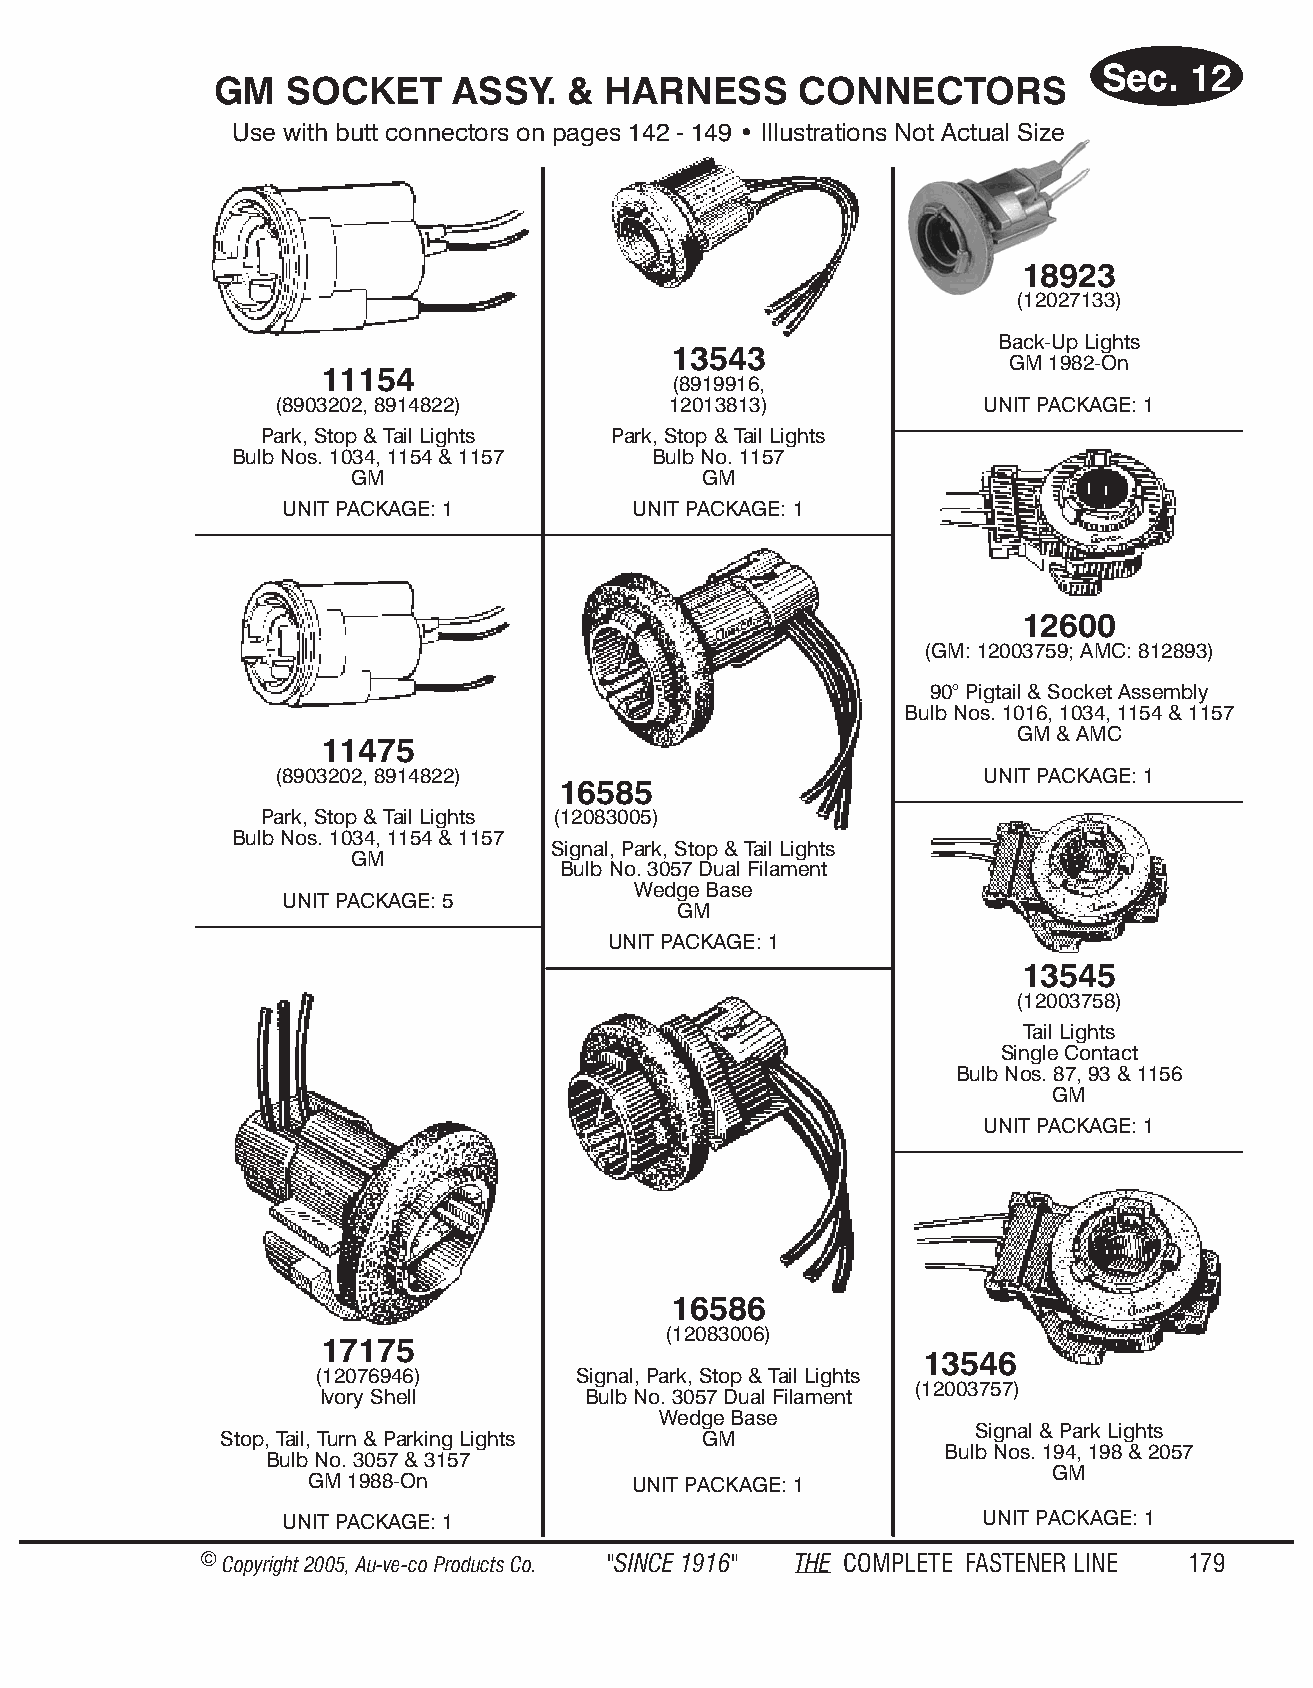
Sec.  12
 GM   SOCKET     ASSY.   & HAR   NESS   CON   NEC  TORS
 Use with butt con nec tors on pages 142 - 149 • Il lus tra tions Not Ac tual Size
 18923
 (12027133)
 Back-Up Lights
 13543
 GM 1982-On
 11154
 (8919916,
 (8903202, 8914822)         12013813)           UNIT PACKAGE: 1
 Park, Stop & Tail Lights Park, Stop & Tail Lights
 Bulb Nos. 1034, 1154 & 1157 Bulb No. 1157
 GM                      GM
 UNIT PACKAGE: 1        UNIT PACKAGE: 1
 12600
 (GM: 12003759; AMC: 812893)
 90° Pigtail & Socket Assembly
 Bulb Nos. 1016, 1034, 1154 & 1157
 GM & AMC
 11475
 (8903202, 8914822)                             UNIT PACKAGE: 1
 16585
 Park, Stop & Tail Lights (12083005)
 Bulb Nos. 1034, 1154 & 1157
 Signal, Park, Stop & Tail Lights
 GM
 Bulb No. 3057 Dual Filament
 Wedge Base
 UNIT PACKAGE: 5
 GM
 UNIT PACKAGE: 1
 13545
 (12003758)
 Tail Lights
 Single Contact
 Bulb Nos. 87, 93 & 1156
 GM
 UNIT PACKAGE: 1
 16586
 (12083006)
 17175
 13546
 (12076946)       Signal, Park, Stop & Tail Lights
 (12003757)
 Ivory Shell       Bulb No. 3057 Dual Filament
 Wedge Base
 Signal & Park Lights
 Stop, Tail, Turn & Parking Lights GM
 Bulb Nos. 194, 198 & 2057
 Bulb No. 3057 & 3157
 GM
 GM 1988-On           UNIT PACKAGE: 1
 UNIT PACKAGE: 1                               UNIT PACKAGE: 1
 © Copyr ight 2005, Au-ve-co Produ cts Co. "SINCE 1916" THE COM PLETE FAST ENER LINE 179